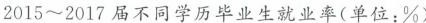
2015~2017届不同学历毕业生就业率(单位：\%)